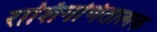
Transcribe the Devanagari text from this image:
राशिगणितात्मक